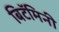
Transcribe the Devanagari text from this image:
बिटॅमिनी